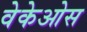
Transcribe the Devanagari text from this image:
वेकेओस